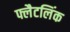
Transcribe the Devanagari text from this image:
फ्लैटलिंक